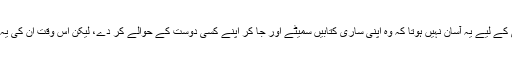
ایک پڑھنے لکھنے والے آدمی کے لیے یہ آسان نہیں ہوتا کہ وہ اپنی ساری کتابیں سمیٹے اور جا کر اپنے کسی دوست کے حوالے کر دے، لیکن اس وقت ان کی یہ عجیب حرکت سمجھ نہیں آئی۔